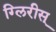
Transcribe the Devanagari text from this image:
ग्लिरीस्